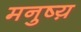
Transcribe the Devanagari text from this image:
मनुष्य़